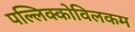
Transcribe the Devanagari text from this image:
पल्लिक्कोविलकम